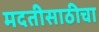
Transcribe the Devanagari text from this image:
मदतीसाठीचा